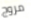
مروج